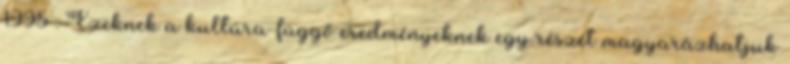
1995 . Ezeknek a kultúra-függő eredményeknek egy részét magyarázhatjuk